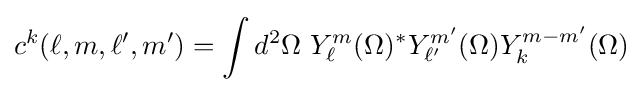
c^{k}(\ell ,m,\ell ',m')=\int d^{2}\Omega \ Y_{\ell }^{m}(\Omega )^{*}Y_{\ell '}^{m'}(\Omega )Y_{k}^{m-m'}(\Omega )